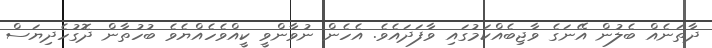
ދާތަނެއް ބެލުން އޭނަގެ ވާޖިބެއްކަމުގައި ވާފަދައެވެ. އެހެން ނުވާންވީ ކީއްވެހެއްޔެވެ ބުހުތާން ދޮގުހެދިޔަސް